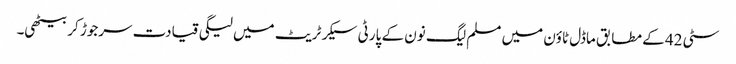
سٹی 42 کے مطابق ماڈل ٹاؤن میں مسلم لیگ نون کے پارٹی سیکرٹریٹ میں لیگی قیادت سرجوڑ کر بیٹھی۔